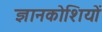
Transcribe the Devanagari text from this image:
ज्ञानकोशियों